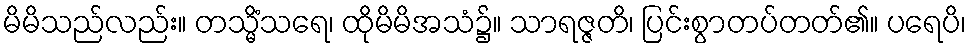
မိမိသည်လည်း။ တသ္မိံသရေ၊ ထိုမိမိအသံ၌။ သာရဇ္ဇတိ၊ ပြင်းစွာတပ်တတ်၏။ ပရေပိ၊